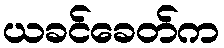
ယခင်ခေတ်က